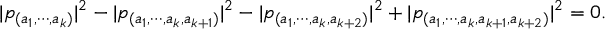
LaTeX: | p _ { ( a _ { 1 } , \cdots , a _ { k } ) } | ^ { 2 } - | p _ { ( a _ { 1 } , \cdots , a _ { k } , a _ { k + 1 } ) } | ^ { 2 } - | p _ { ( a _ { 1 } , \cdots , a _ { k } , a _ { k + 2 } ) } | ^ { 2 } + | p _ { ( a _ { 1 } , \cdots , a _ { k } , a _ { k + 1 } , a _ { k + 2 } ) } | ^ { 2 } = 0 .